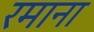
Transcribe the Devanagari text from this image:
रमाना